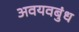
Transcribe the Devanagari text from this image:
अवयवबुंध